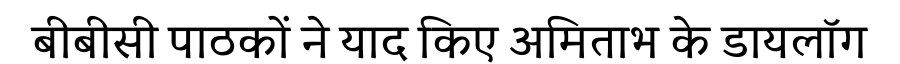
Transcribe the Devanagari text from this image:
बीबीसी पाठकों ने याद किए अमिताभ के डायलॉग